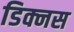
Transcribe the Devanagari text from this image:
डिक्नस